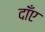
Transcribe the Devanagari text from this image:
दाँए